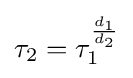
\tau _{2}=\tau _{1}^{\frac {d_{1}}{d_{2}}}